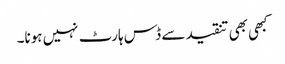
کبھی بھی تنقید سے ڈس ہارٹ نہیں ہونا۔